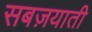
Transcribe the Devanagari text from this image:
सबज़याती